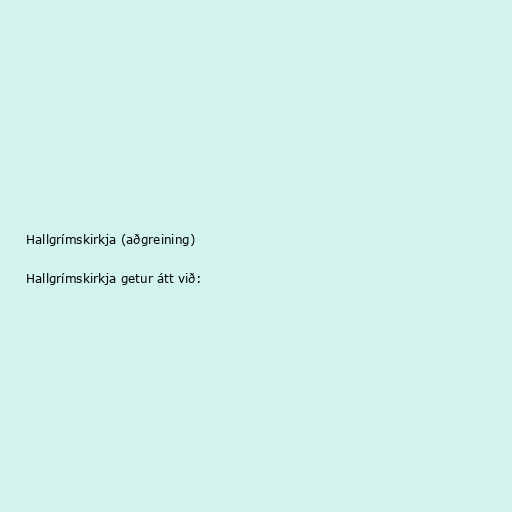
Hallgrímskirkja (aðgreining)

Hallgrímskirkja getur átt við: